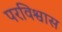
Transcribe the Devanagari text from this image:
परविश्वास